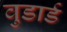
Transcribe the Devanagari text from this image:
वुडार्ड